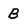
Character: B